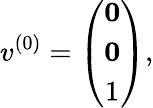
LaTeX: v^{(0)}=\left(\begin{array}{ccc}{{{\mathbf 0}}}\\ {{{\mathbf 0}}}\\ {{1}}\end{array}\right),